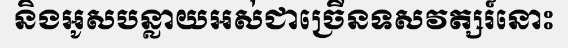
និងអូសបន្លាយអស់ជាច្រើនទសវត្សរ៍នោះ